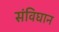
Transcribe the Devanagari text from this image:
संविघान